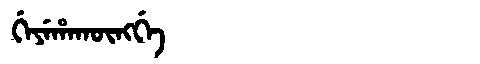
Manchu: ᡤᡝᠶᡝᡥᠠᡴᡡᠩᡤᡝ
Romanization: GEYEHAKŪNGGE